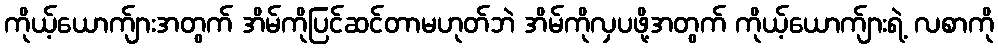
ကိုယ့်ယောက်ျားအတွက် အိမ်ကိုပြင်ဆင်တာမဟုတ်ဘဲ အိမ်ကိုလှပဖို့အတွက် ကိုယ့်ယောက်ျားရဲ့ လစာကို